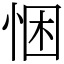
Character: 悃